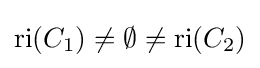
\operatorname {ri} (C_{1})\neq \emptyset \neq \operatorname {ri} (C_{2})